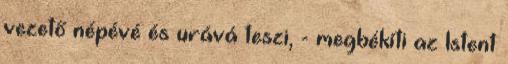
vezető népévé és urává teszi, - megbékíti az Istent